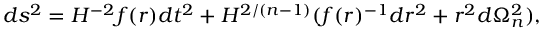
d s ^ { 2 } = H ^ { - 2 } f ( r ) d t ^ { 2 } + H ^ { 2 / ( n - 1 ) } ( f ( r ) ^ { - 1 } d r ^ { 2 } + r ^ { 2 } d \Omega _ { n } ^ { 2 } ) ,